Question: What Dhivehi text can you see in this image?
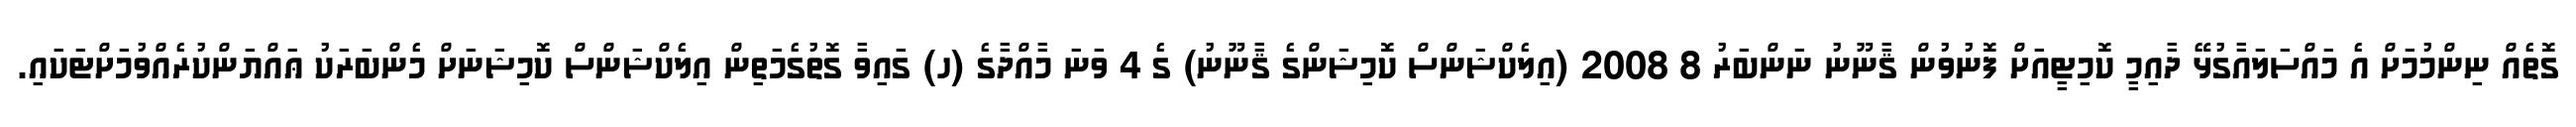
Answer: ގޮތެއް ނިންމުމަށް އެ މައްސަލައާގުޅޭ ދާއިމީ ކޮމިޓީއަށް ފޮނުވުން ޤާނޫނު ނަންބަރު 8 2008 (އިލެކްޝަންސް ކޮމިޝަންގެ ޤާނޫނު) ގެ 4 ވަނަ މާއްދާގެ (ހ) ގައިވާ ގޮތުގެމަތިން އިލެކްޝަންސް ކޮމިޝަނަށް މެންބަރަކު ޢައްޔަންކުރެއްވުމަށްޓަކައި.